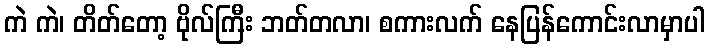
ကဲ ကဲ၊ တိတ်တော့ ဗိုလ်ကြီး ဘတ်တလာ၊ စကားလက် နေပြန်ကောင်းလာမှာပါ